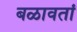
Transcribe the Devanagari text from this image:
बळावतां